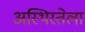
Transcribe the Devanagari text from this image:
अस्थिरतेला